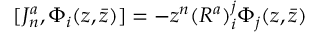
[ J _ { n } ^ { a } , \Phi _ { i } ( z , \bar { z } ) ] = - z ^ { n } ( R ^ { a } ) _ { i } ^ { j } \Phi _ { j } ( z , \bar { z } )